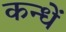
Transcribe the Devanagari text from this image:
कन्धें